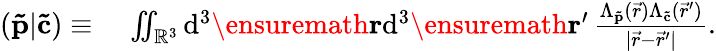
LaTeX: \begin{array}{rl}{(\mathbf{\tilde{p}}|\mathbf{\tilde{c}})\equiv}&{{}\, \iint_{\mathbb{R}^{3}}\mathrm{d}^{3}\ensuremath\mathbf{r}\mathrm{d}^{3}\ensuremath\mathbf{r}^{\prime}\, \frac{\Lambda_{\mathbf{\tilde{p}}}(\vec{r})\Lambda_{\mathbf{\tilde{c}}}(\vec{r}^{\prime})}{\vert\vec{r}-\vec{r}^{\prime}\vert}.}\end{array}